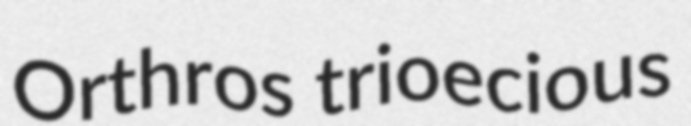
Orthros trioecious